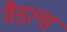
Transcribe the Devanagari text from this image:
वैडल्स